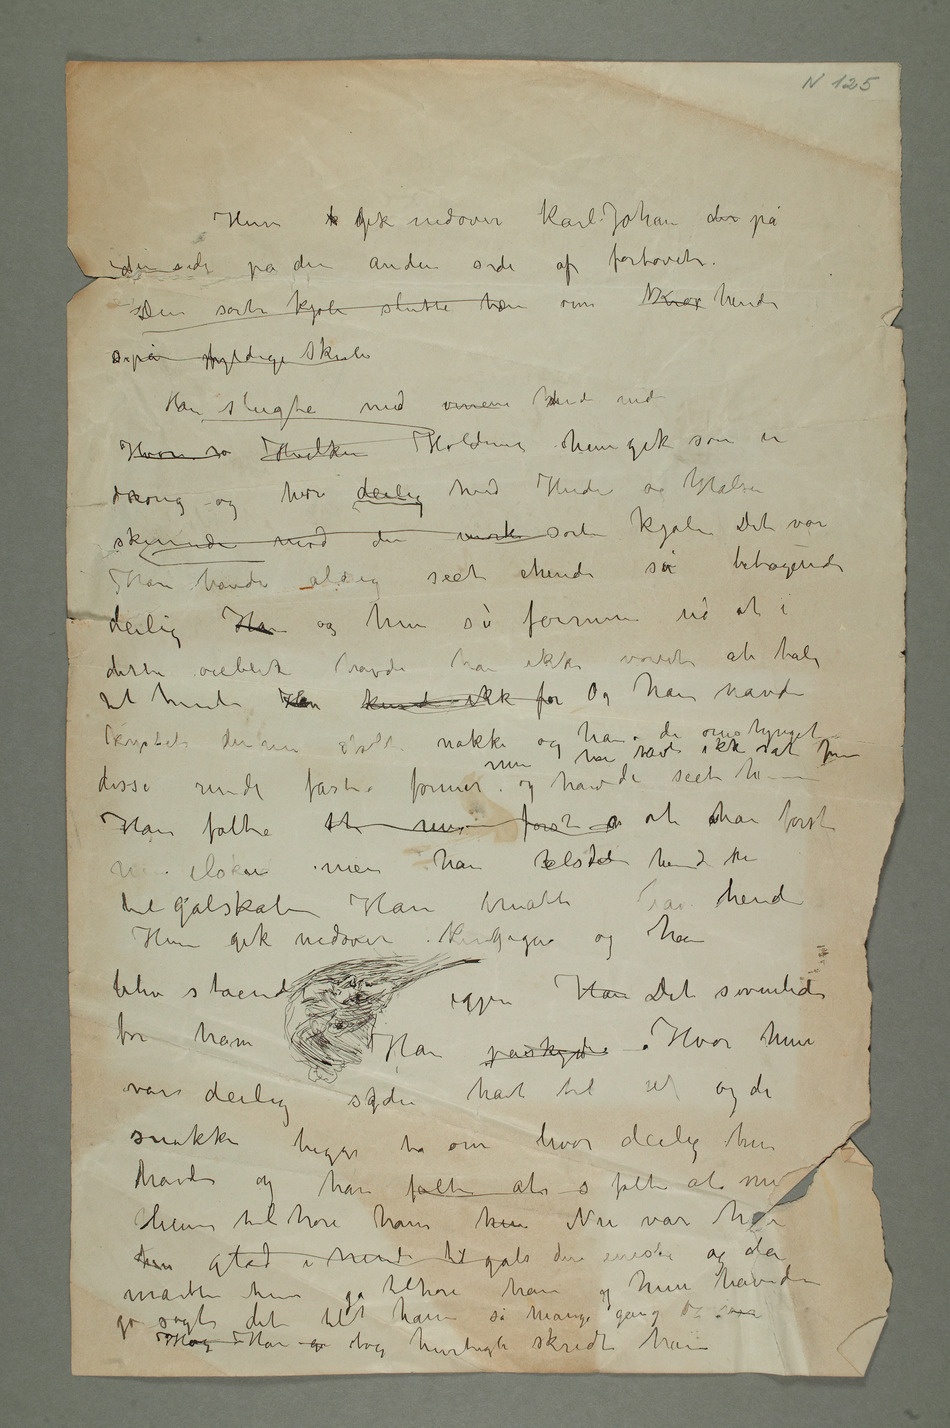
Hun k gik nedover Karl Johan der på
den side på den anden side af fortovet.
Den sorte kjole sluttet hæn om Krop hendes
Hvor s Hvilken Holdning hun gik som en
droning – og hvor deilig hvid Huden og Halsen
skinnede mod den mørke sorte kjole Det var
Han havde aldrig seet hende så betagende
deilig Han og hun så fornem ud at i
dette øieblik havde han ikke vovet at tale
til hende Han kunde ikke før Og han havde
disse runde faste former men han havde ikke og havde
til galskab – Han måtte have hende
Hun gik nedover Karljohan og han
blev stående igjen Han Det svimlede
for ham Han påskynde – Hvor hun
var deilig sagde  til  og de
snakke begge to om hvor deilig hun havde og han følte at s
hun glad i hende til gals den eneste og da